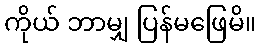
ကိုယ် ဘာမျှ ပြန်မဖြေမိ။